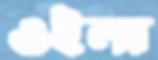
ওইলা